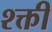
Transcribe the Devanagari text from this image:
श्क्ती